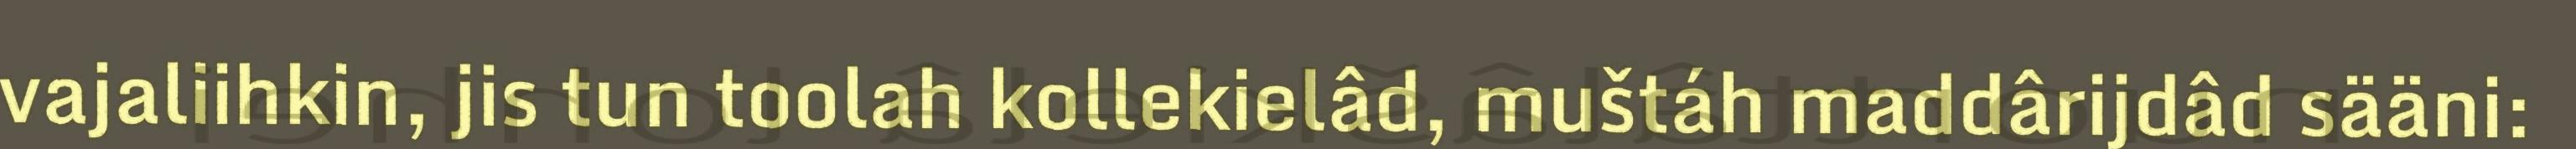
vajaliihkin, jis tun toolah kollekielâd, muštáh maddârijdâd sääni: